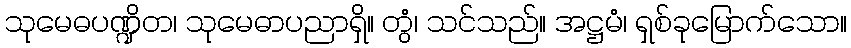
သုမေဓပဏ္ဍိတ၊ သုမေဓာပညာရှိ။ တွံ၊ သင်သည်။ အဋ္ဌမံ၊ ရှစ်ခုမြောက်သော။